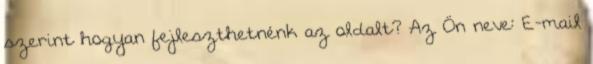
szerint hogyan fejleszthetnénk az oldalt? Az Ön neve: E-mail